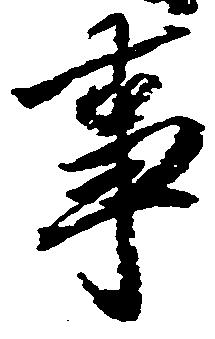
事